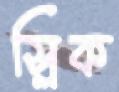
স্লিক